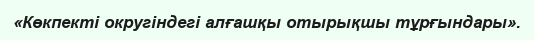
«Көкпекті округіндегі алғашқы отырықшы тұрғындары».